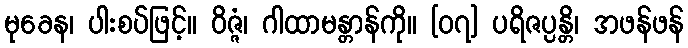
မုခေန၊ ပါးစပ်ဖြင့်။ ဝိဇ္ဇံ၊ ဂါထာမန္တာန်ကို။ [၀၇] ပရိဇပ္ပန္တိ၊ အဖန်ဖန်